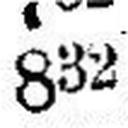
832